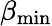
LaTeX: \beta_{\mathrm{min}}